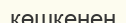
көшкенен